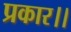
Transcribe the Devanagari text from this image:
प्रकार।।